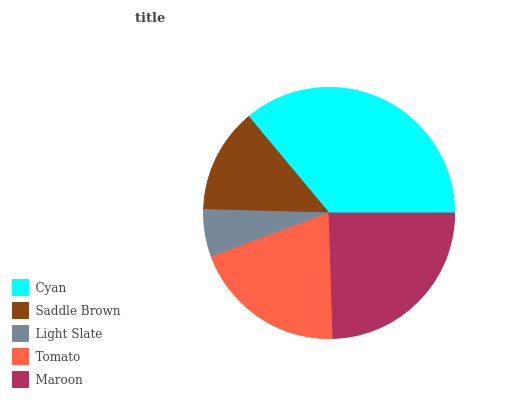
| Cyan | Saddle Brown | Light Slate | Tomato | Maroon |
 | --- | --- | --- | --- | --- |
 | 36.1% | 13.5% | 6.13% | 19.7% | 24.5% |